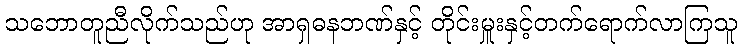
သဘောတူညီလိုက်သည်ဟု အာရှဓနဘဏ်နှင့် တိုင်းမှူးနှင့်တက်ရောက်လာကြသူ